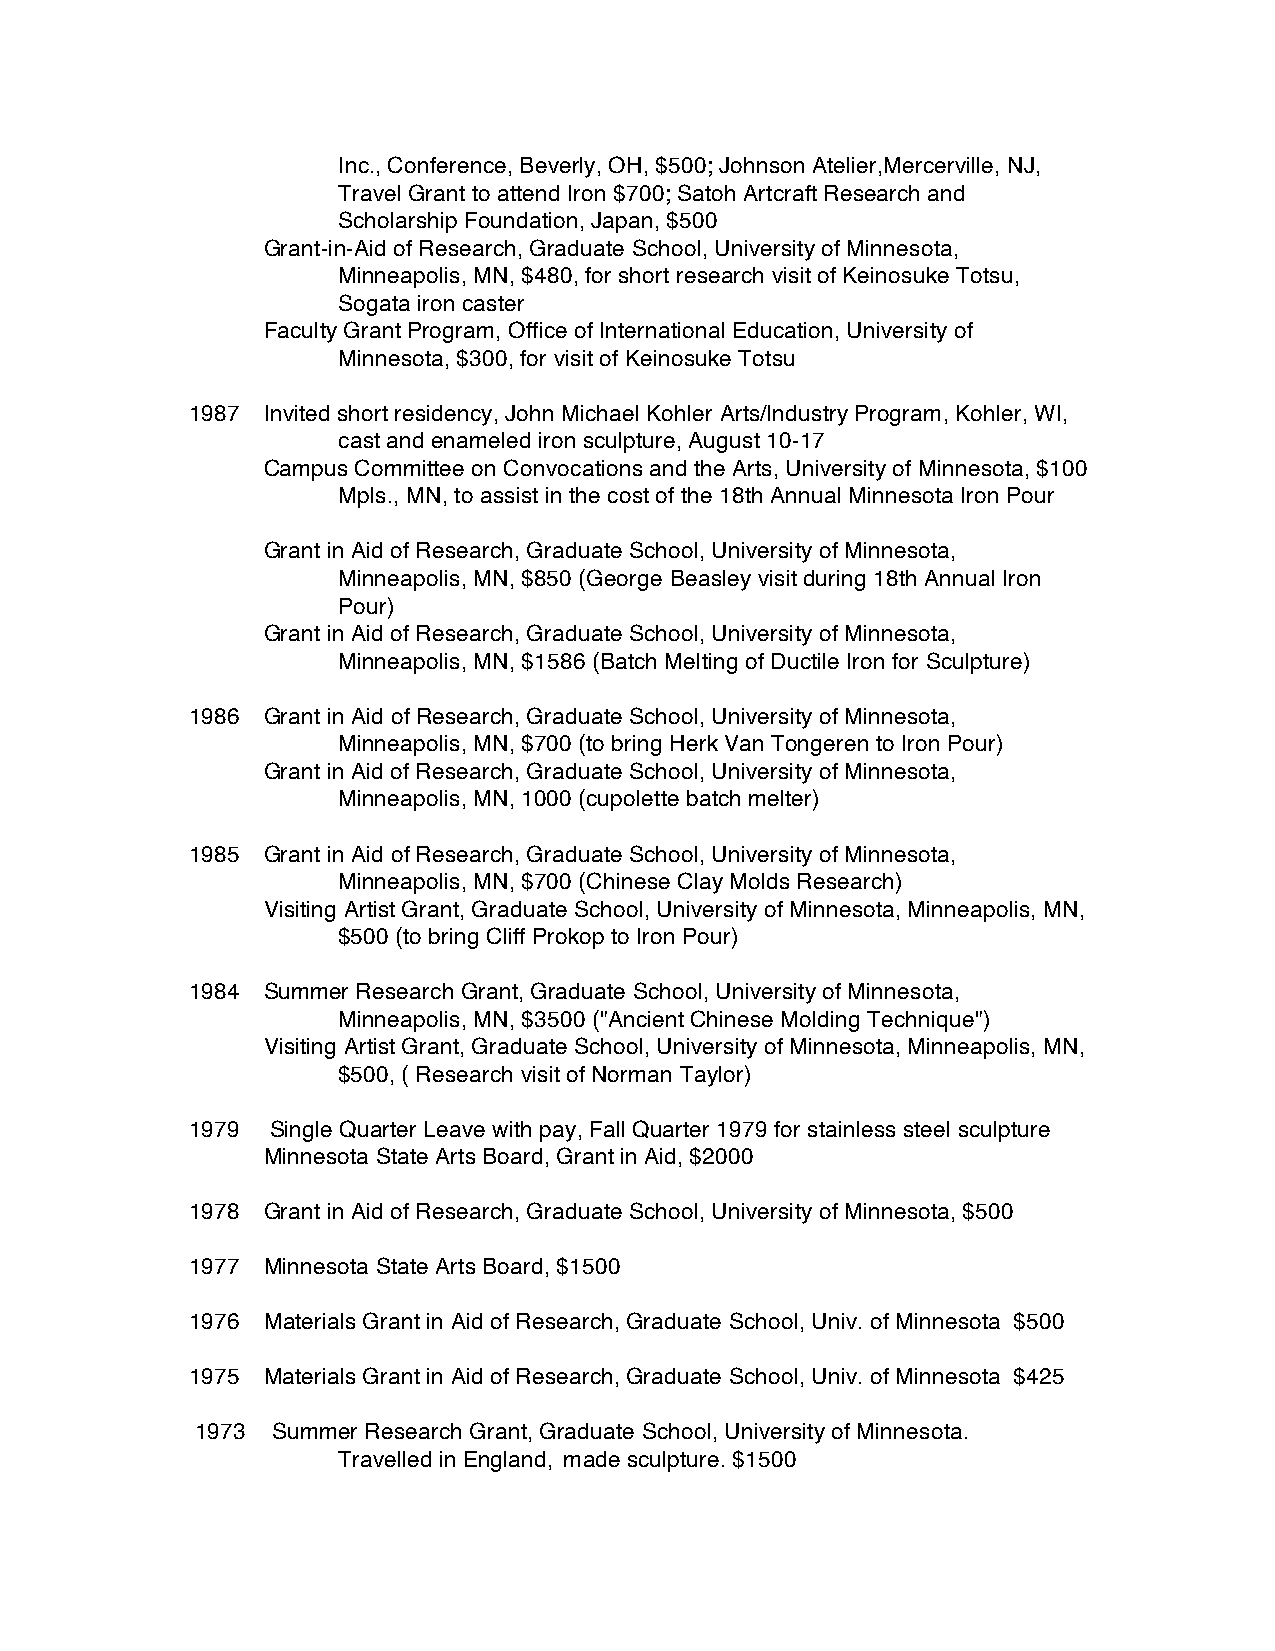
Inc., Conference, Beverly, OH, $500; Johnson Atelier,Mercerville, NJ,
 Travel Grant to attend Iron $700; Satoh Artcraft Research and
 Scholarship Foundation, Japan, $500
 Grant-in-Aid of Research, Graduate School, University of Minnesota,
 Minneapolis, MN, $480, for short research visit of Keinosuke Totsu,
 Sogata iron caster
 Faculty Grant Program, Office of International Education, University of
 Minnesota, $300, for visit of Keinosuke Totsu
 1987 Invited short residency, John Michael Kohler Arts/Industry Program, Kohler, WI,
 cast and enameled iron sculpture, August 10-17
 Campus Committee on Convocations and the Arts, University of Minnesota, $100
 Mpls., MN, to assist in the cost of the 18th Annual Minnesota Iron Pour
 Grant in Aid of Research, Graduate School, University of Minnesota,
 Minneapolis, MN, $850 (George Beasley visit during 18th Annual Iron
 Pour)
 Grant in Aid of Research, Graduate School, University of Minnesota,
 Minneapolis, MN, $1586 (Batch Melting of Ductile Iron for Sculpture)
 1986 Grant in Aid of Research, Graduate School, University of Minnesota,
 Minneapolis, MN, $700 (to bring Herk Van Tongeren to Iron Pour)
 Grant in Aid of Research, Graduate School, University of Minnesota,
 Minneapolis, MN, 1000 (cupolette batch melter)
 1985 Grant in Aid of Research, Graduate School, University of Minnesota,
 Minneapolis, MN, $700 (Chinese Clay Molds Research)
 Visiting Artist Grant, Graduate School, University of Minnesota, Minneapolis, MN,
 $500 (to bring Cliff Prokop to Iron Pour)
 1984 Summer Research Grant, Graduate School, University of Minnesota,
 Minneapolis, MN, $3500 ("Ancient Chinese Molding Technique")
 Visiting Artist Grant, Graduate School, University of Minnesota, Minneapolis, MN,
 $500, ( Research visit of Norman Taylor)
 1979  Single Quarter Leave with pay, Fall Quarter 1979 for stainless steel sculpture
 Minnesota State Arts Board, Grant in Aid, $2000
 1978 Grant in Aid of Research, Graduate School, University of Minnesota, $500
 1977 Minnesota State Arts Board, $1500
 1976 Materials Grant in Aid of Research, Graduate School, Univ. of Minnesota $500
 1975 Materials Grant in Aid of Research, Graduate School, Univ. of Minnesota $425
 1973 Summer Research Grant, Graduate School, University of Minnesota.
 Travelled in England, made sculpture. $1500